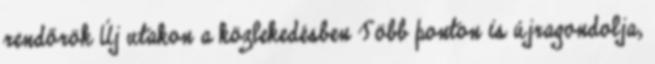
rendőrök Új utakon a közlekedésben Több ponton is újragondolja,